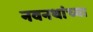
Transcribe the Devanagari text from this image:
नवनथांच्या